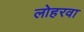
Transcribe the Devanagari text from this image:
लोहरवा